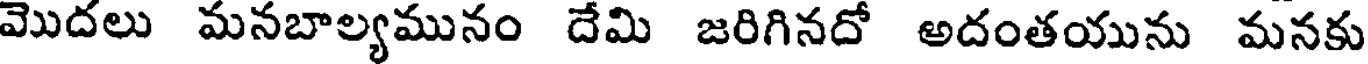
మొదలు మనబాల్యమునం దేమి జరిగినదో అదంతయును మనకు